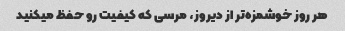
هر روز خوشمزه‌تر از دیروز، مرسی که کیفیت رو حفظ میکنید